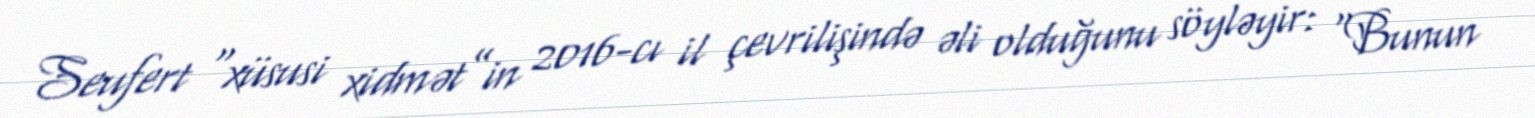
Seufert “xüsusi xidmət”in 2016-cı il çevrilişində əli olduğunu söyləyir: “Bunun